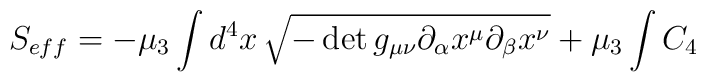
S_{eff}  = -\mu_3  \int d^4x \,\sqrt{-\det{g_{\mu\nu}\partial_\alpha x^\mu\partial_\beta x^\nu }}+ \mu_3 \int C_4